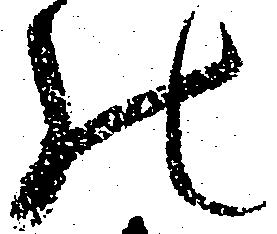
の